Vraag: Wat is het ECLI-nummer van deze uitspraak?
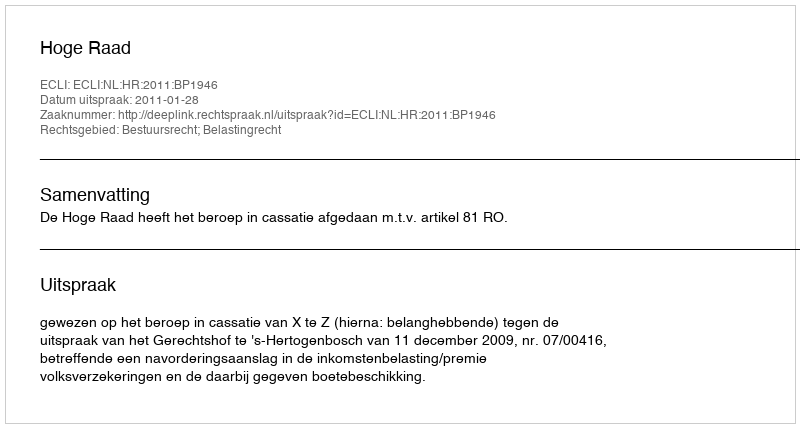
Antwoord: ECLI:NL:HR:2011:BP1946